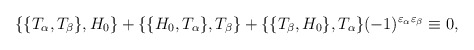
\begin{align*}\{\{T_\alpha,T_\beta\},H_0\}+\{\{H_0,T_\alpha\},T_\beta\}+\{\{T_\beta,H_0\}, T_\alpha\}(-1)^{\varepsilon_\alpha\varepsilon_\beta}\equiv 0,\end{align*}